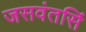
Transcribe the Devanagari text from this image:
जसवंतसिं